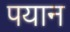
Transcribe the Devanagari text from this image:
पयान